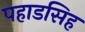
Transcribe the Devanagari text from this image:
पहाडसिह